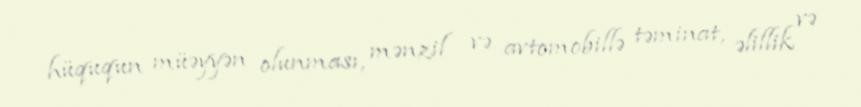
hüququn müəyyən olunması, mənzil və avtomobillə təminat, əlillik və